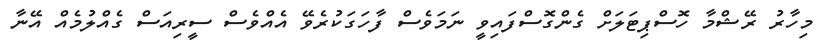
މިހާރު ރޭޝްމާ ހޮސްޕިޓަލަށް ގެންގޮސްފައިވީ ނަމަވެސް ފާހަގަކުރެވޭ އެއްވެސް ސީރިއަސް ގެއްލުމެއް އޭނާ